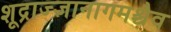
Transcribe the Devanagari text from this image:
शूद्राज्ज्ञानागमश्चैव